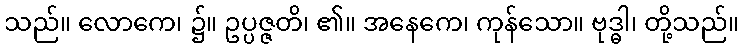
သည်။ လောကေ၊ ၌။ ဥပ္ပဇ္ဇတိ၊ ၏။ အနေကေ၊ ကုန်သော။ ဗုဒ္ဓါ၊ တို့သည်။